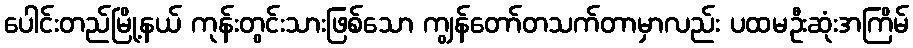
ပေါင်းတည်မြို့နယ် ကုန်းတွင်းသားဖြစ်သော ကျွန်တော်တသက်တာမှာလည်း ပထမဦးဆုံးအကြိမ်